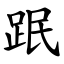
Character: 䟨